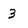
Character: 3